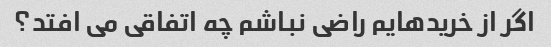
اگر از خریدهایم راضی نباشم چه اتفاقی می افتد؟